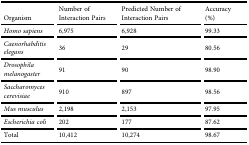
<table><thead><tr><td><b>Organism</b></td><td><b>Number of Interaction Pairs</b></td><td><b>Predicted Number of Interaction Pairs</b></td><td><b>Accuracy (%)</b></td></tr></thead><tbody><tr><td><i>Homo sapiens</i></td><td>6,975</td><td>6,928</td><td>99.33</td></tr><tr><td><i>Caenorhabditis elegans</i></td><td>36</td><td>29</td><td>80.56</td></tr><tr><td><i>Drosophila melanogaster</i></td><td>91</td><td>90</td><td>98.90</td></tr><tr><td><i>Saccharomyces cerevisiae</i></td><td>910</td><td>897</td><td>98.56</td></tr><tr><td><i>Mus musculus</i></td><td>2,198</td><td>2,153</td><td>97.95</td></tr><tr><td><i>Escherichia coli</i></td><td>202</td><td>177</td><td>87.62</td></tr><tr><td>Total</td><td>10,412</td><td>10,274</td><td>98.67</td></tr></tbody></table>